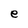
Character: e